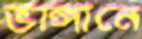
ভাঙ্গানে